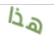
هذا